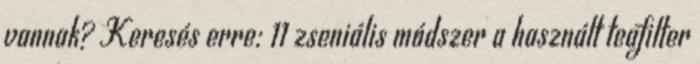
vannak? Keresés erre: 11 zseniális módszer a használt teafilter